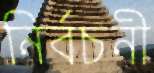
নির্বচনী